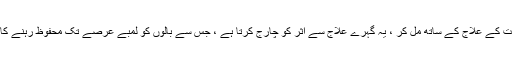
گھریلو نگہداشت کے علاج کے ساتھ مل کر ، یہ گہرے علاج سے اثر کو چارج کرتا ہے ، جس سے بالوں کو لمبے عرصے تک محفوظ رہنے کا موقع ملتا ہے۔